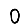
Digit: 0